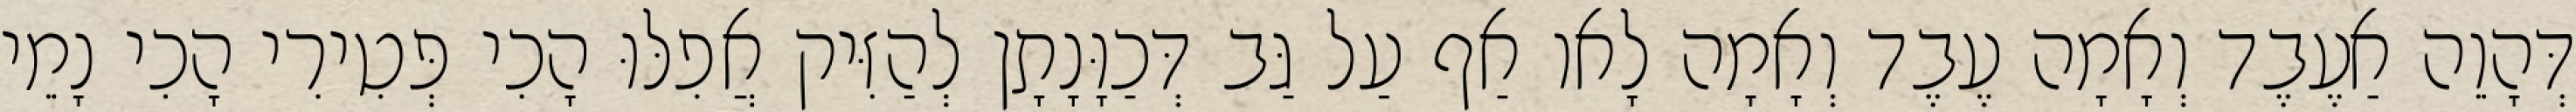
דְּהָוֵה אַעֶבֶד וְאָמָה עֶבֶד וְאָמָה לָאו אַף עַל גַּב דְּכַוָּנָתָן לְהַזִּיק אֲפִלּוּ הָכִי פְּטִירִי הָכִי נָמֵי